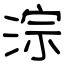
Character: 淙